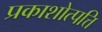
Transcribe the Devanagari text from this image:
प्रकाशोत्पत्ति